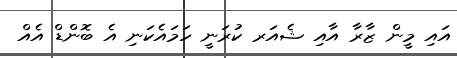
އައި މީން ޒާރާ އާއި ޝެއަރ ކުރަނީ ހަމައެކަނި އެ ބޮންޑް އެއް